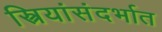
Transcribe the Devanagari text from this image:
स्त्रियांसंदर्भात